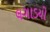
લગાડયો